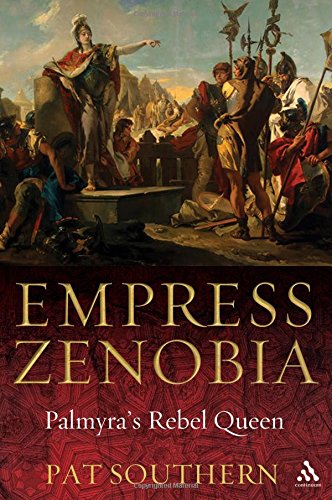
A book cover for Empress Zenobia: Palmyra's Rebel Queen; Pat Southern; History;